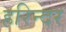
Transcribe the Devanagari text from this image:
हरिन्दर